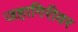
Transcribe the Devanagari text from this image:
जहागिरीवर